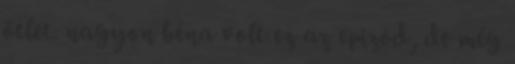
ötlet. nagyon béna volt ez az epizód, de még